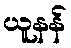
ယူနန်